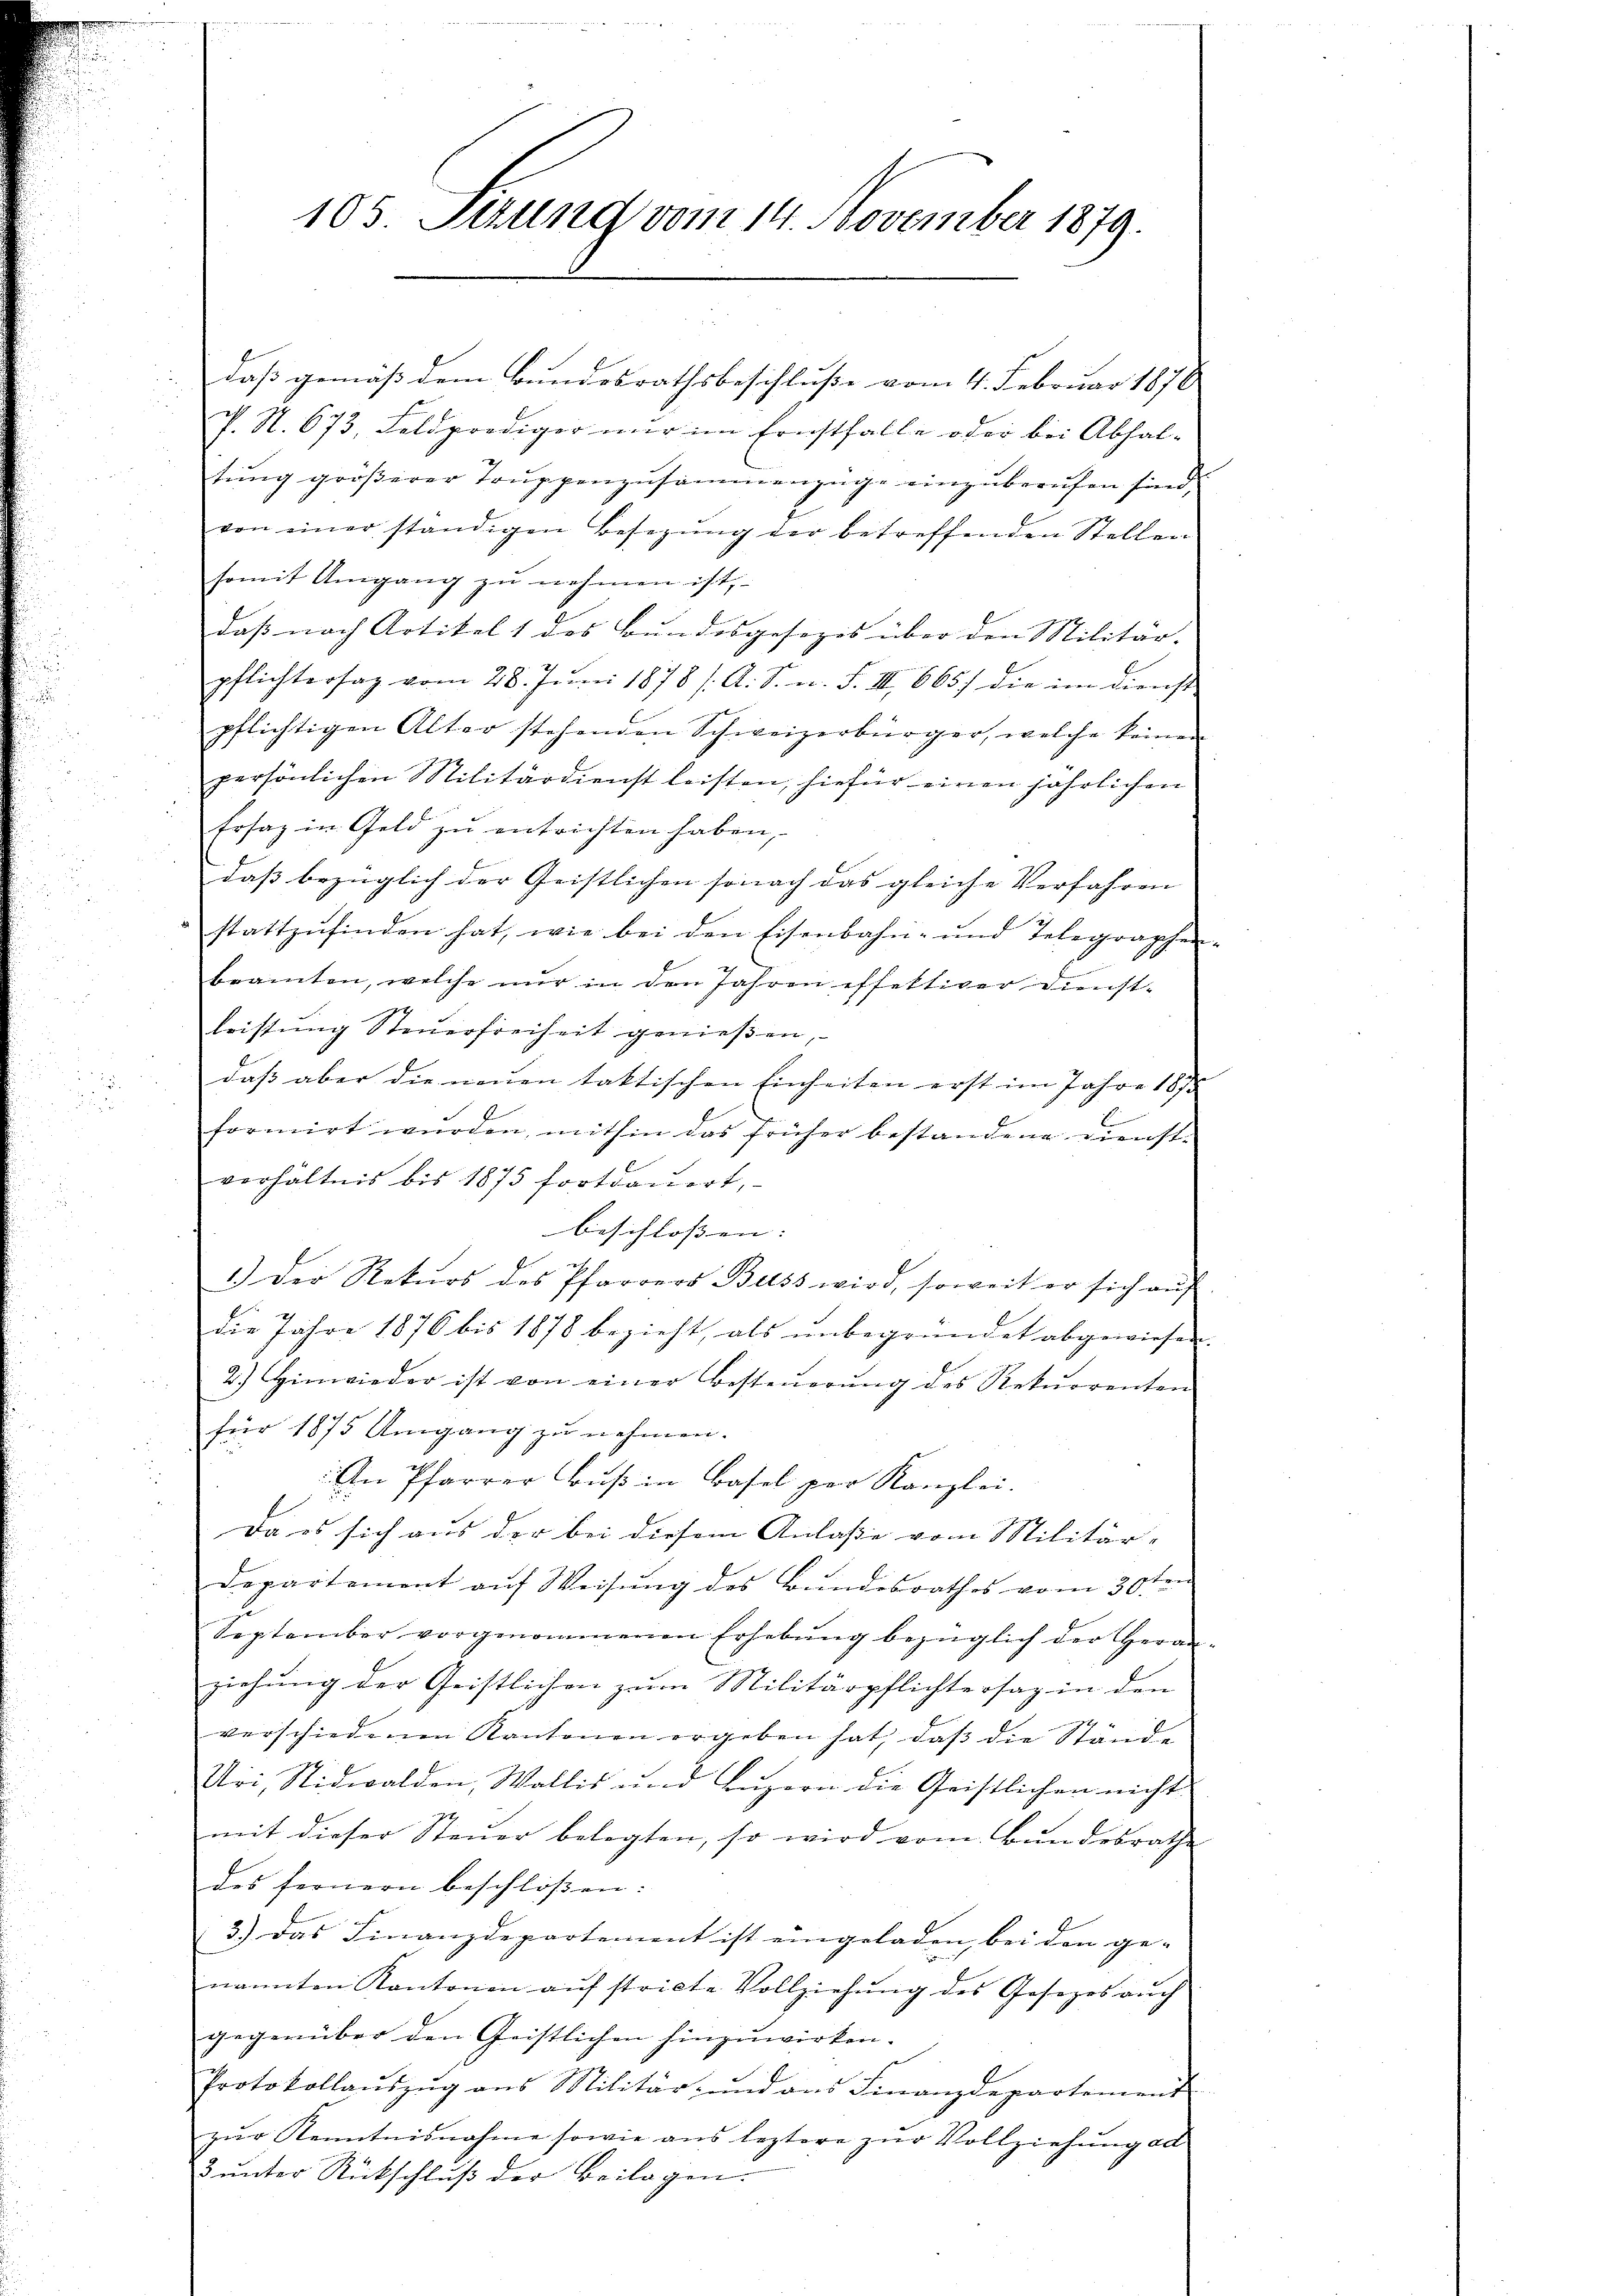
105. Setzung vom 14. November 1879.

daß gemäß dem Bundesrathsbeschluße vom 4. Februar 1876
P. S. 673, Feldprediger nur im Ernstfalle oder bei Abhal-
tung größerer Truppenzusammenzüge einzuberufen sind.
von einer ständigen Besetzung der betreffenden Stellen
somit Umgang zu nehmen ist,
daß nach Artikel 1 des Bundesgesezis über den Militär- |
pflichtersaz vom 28. Juni 1878 /A. S. n. F. III 6657 die im Dienst
pflichtigen Alter stehenden Schweizerbürger, welche keinen
persönlichen Militärdienst leisten, hiefür einen jährlichen
Ersatz in Geld zu entrichten haben,
daß bezüglich der Geistlichen sonach das gleiche Verfahren |
stattzufinden hat, wie bei den Eisenbahn- und Telegraphen
beamten, welche nur in den Jahren effektiver Dunst-
leistŭng Steŭerfreiheit genießen,
daβ aber die neŭen taktischen Einheiten erst im Jahre 1870
formirt wurden, mithin das früher bestandene Dienstverhältnis bis 1875 fortdauert,
beschlossen: |
1.) Der Rekŭrs des Pfarrers Buss wird, soweit er sich aŭf
die Jahre 1876 bis 1878 bezieht, als unbegründet abgewiesen.
2.) Hinwieder ist von einer Besteŭerŭng des Rekurrenten
für 1875 Umgang zu nehmen.
An Pfarrer Buß in Basel per Kanzlei.
Da es sich aus der bei diesem Anlasse vom Militär-
Departement auf Weisung des Bundesrathes vom 30ten
September vorgenommenen Erhebung bezüglich der Heranziehung der Geistlichen zum Militärpflichtersag in den
verschiedenen Kantonen ergeben hat, daβ die Stände
Uri, Nidwalden, Wallis und Luzern die Geistlichen nicht
mit dieser Steŭer belegten, so wird vom Bŭndesrathe
des fernern beschlossen:
3.) Das Finanzdepartement ist eingeladen, bei den ge-
nannten Kantonen aŭf stricte Vollziehŭng des Gesezes aŭch
gegenüber den Geistlichen hinzuwirken.
Protokollaŭszŭg ans Militär- und ans Finanzdepartement
zŭr Kenntnisnahme sowie ans leztere zŭr Vollziehŭng ad
3 unter Rückschluß der Beilagen.